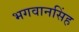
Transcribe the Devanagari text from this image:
भगवानसिंह